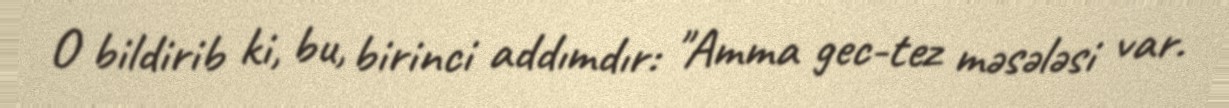
O bildirib ki, bu, birinci addımdır: "Amma gec-tez məsələsi var.